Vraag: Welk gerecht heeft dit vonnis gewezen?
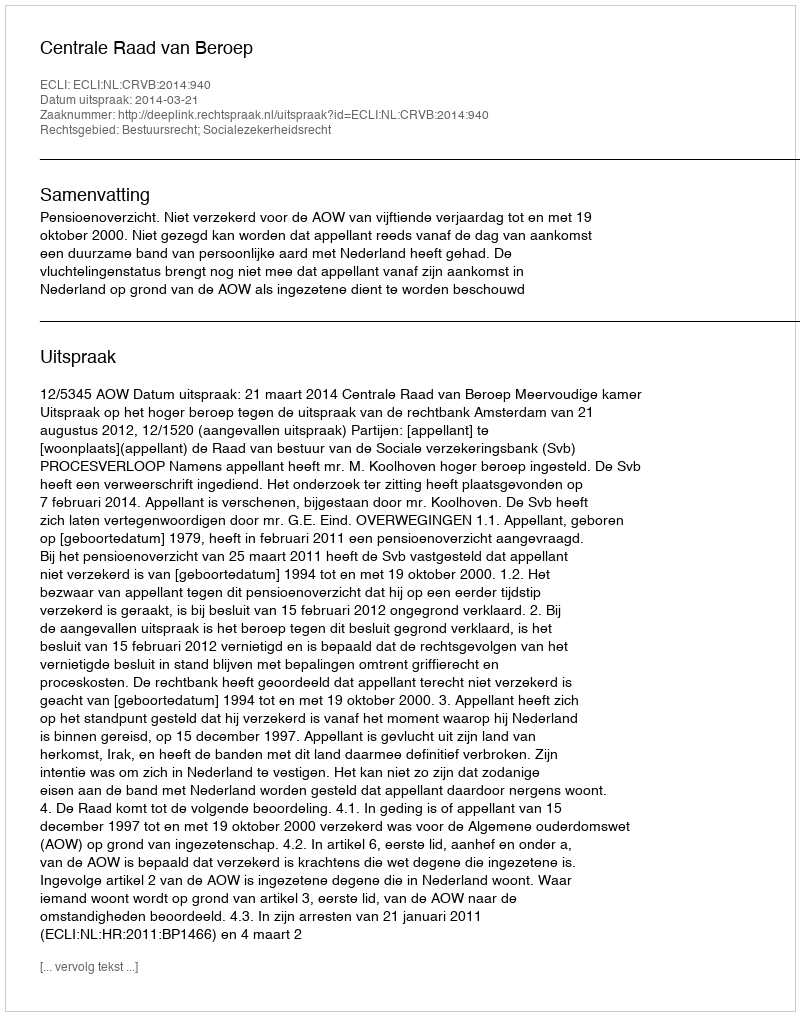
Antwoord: Centrale Raad van Beroep